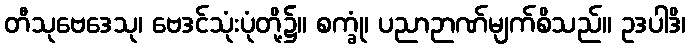
တီသုဗေဒေသု၊ ဗေဒင်သုံးပုံတို့၌။ စက္ခုံ၊ ပညာဉာဏ်မျက်စိသည်။ ဥဒပါဒိ၊